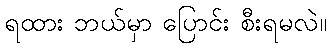
ရထား ဘယ်မှာ ပြောင်း စီးရမလဲ။